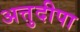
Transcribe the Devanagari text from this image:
अत्तुदीपा